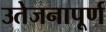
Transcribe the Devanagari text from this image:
उतेजनापूर्ण